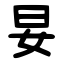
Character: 妟